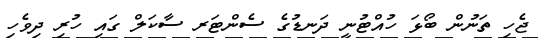
ޖެހި ތަނުން ބޯޅަ ހުއްޓުނީ ދަނޑުގެ ސެންޓަރ ސާކަލް ގައި ހުރި ދިވެހި